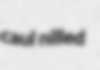
caul nilled